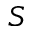
S